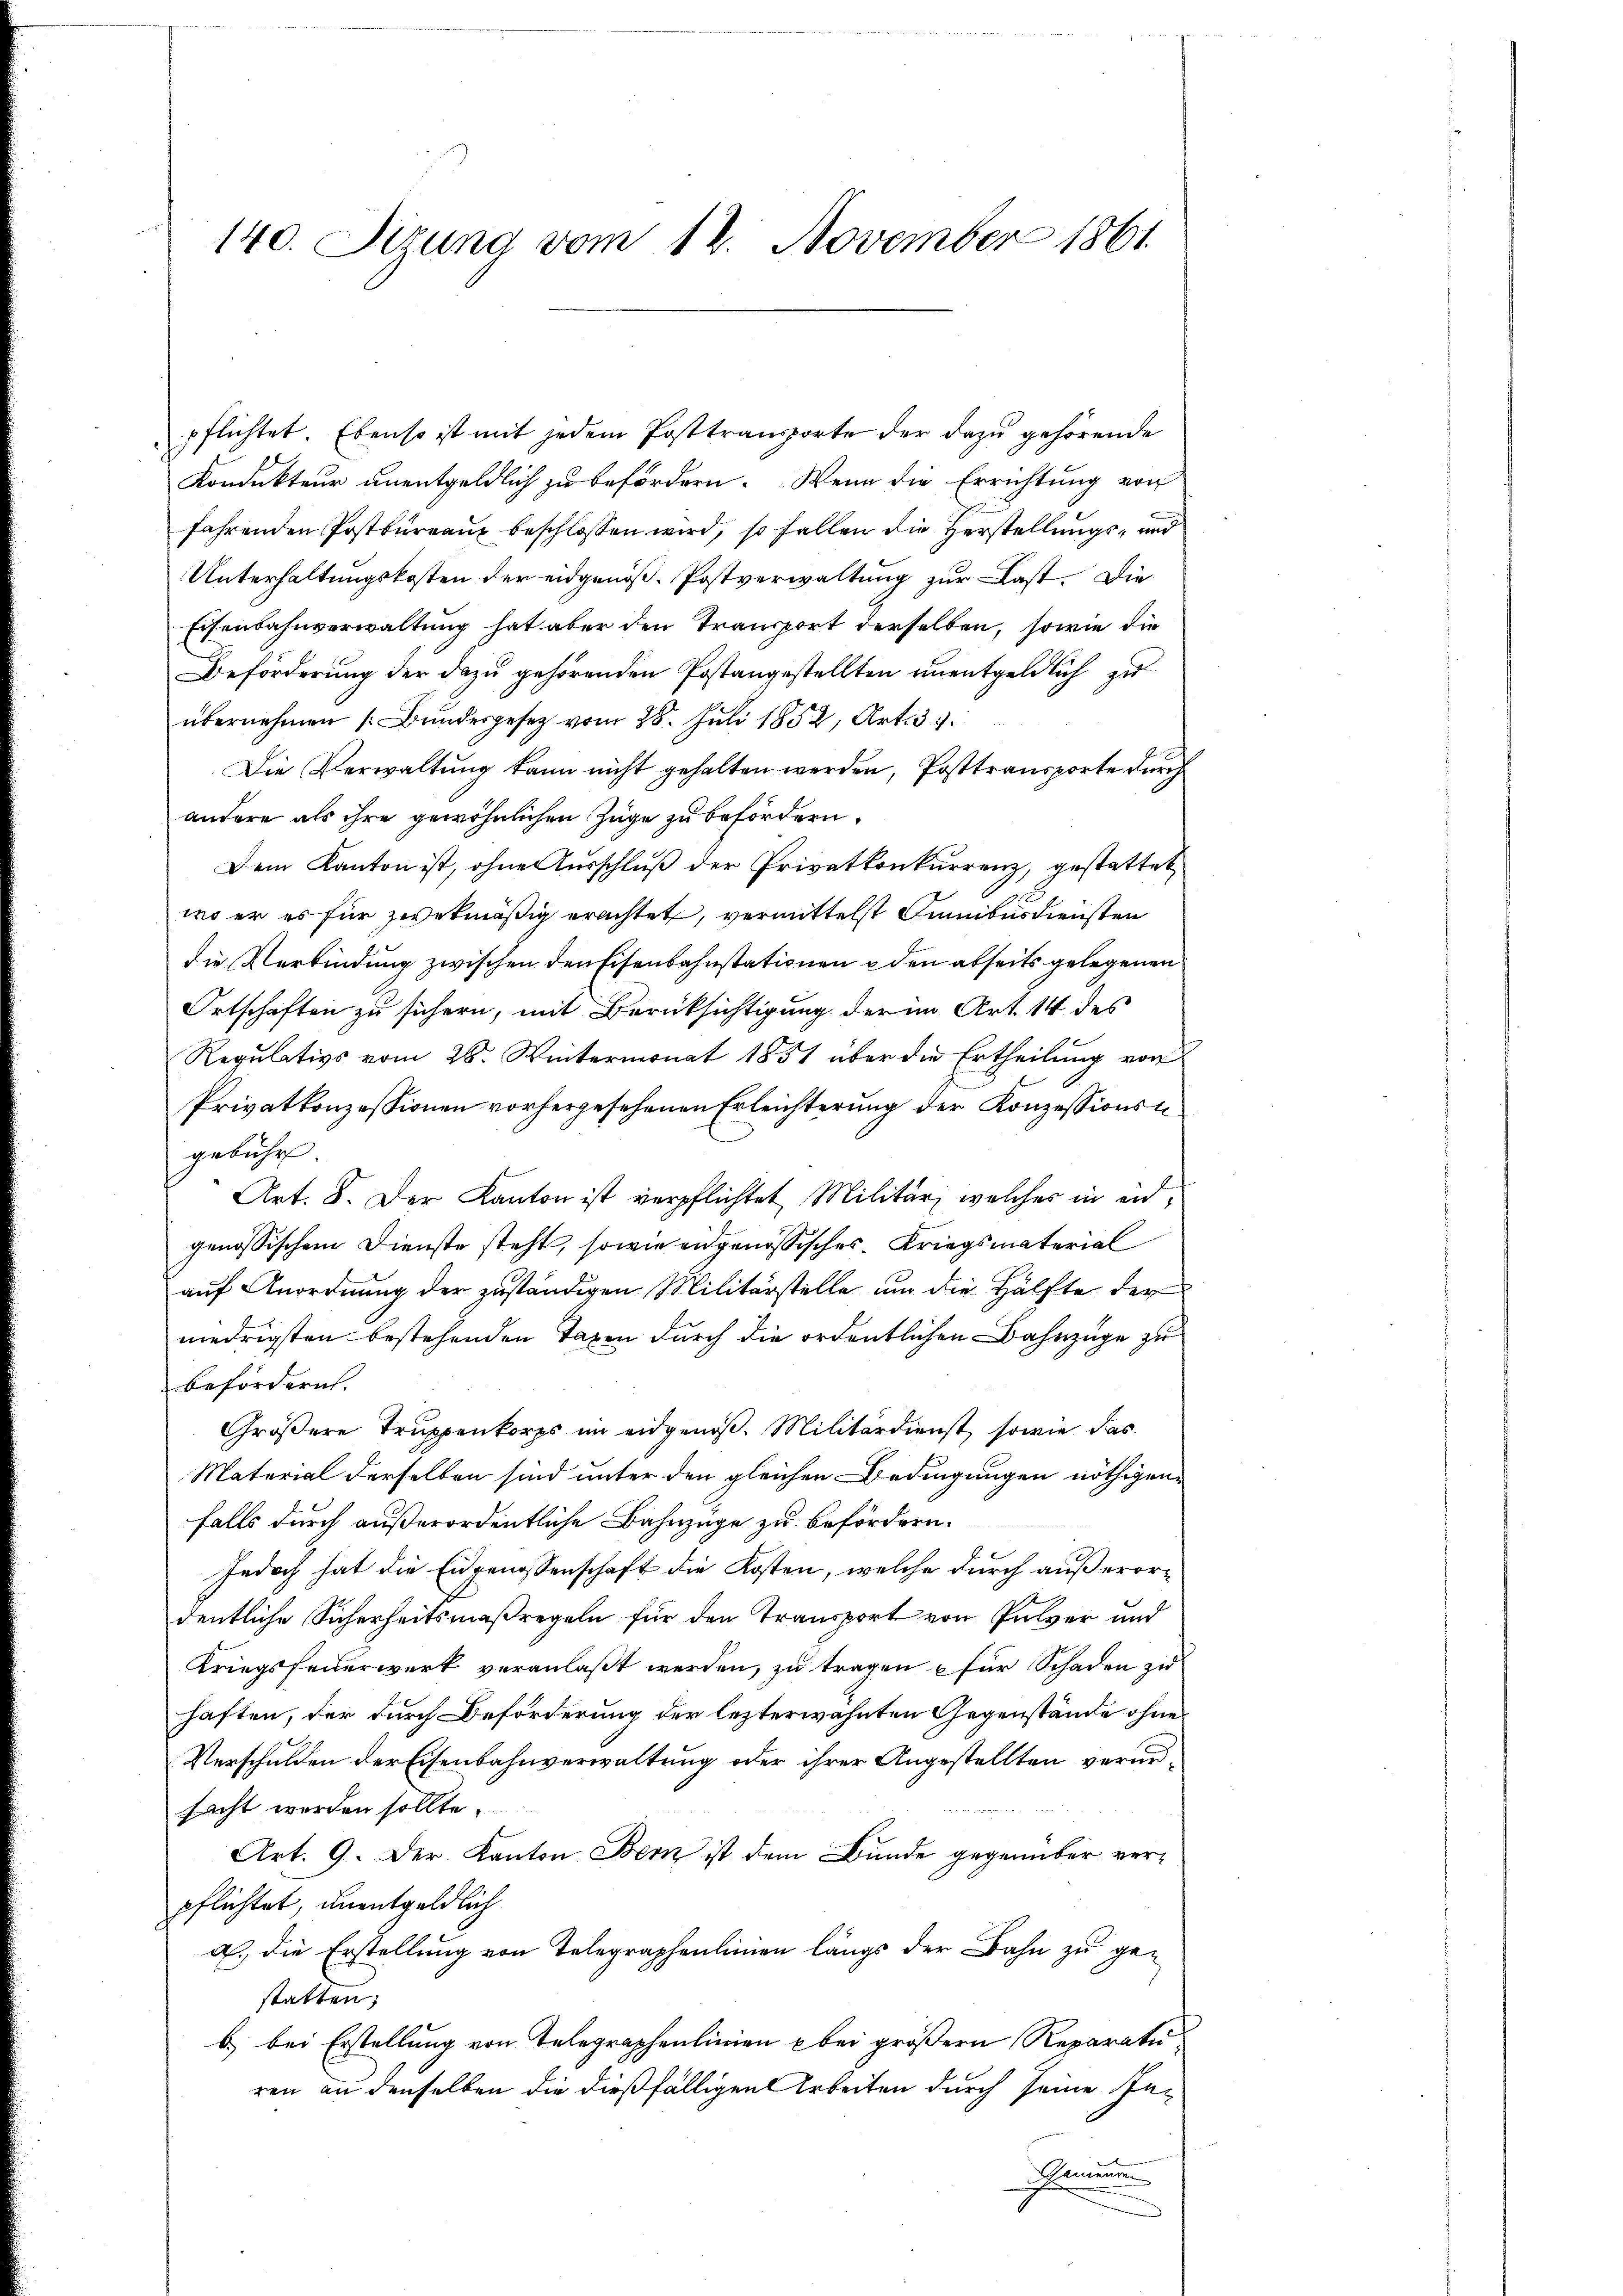
140. Sizung vom 12. November 1861

pflichtet. Ebenso ist mit jedem Posttransporte der dazu gehörende
Kondukteur unentgeldlich zu befördern. Wenn die Errichtung von
fahrenden Postbureaux beschlossen wird, so fallen die Verstellungs- und
Unterhaltungskosten der eidgenöß. Postverwaltung zur Last. Die
Eisenbahnverwaltung hat aber den Transport derselben, sowie die
Beförderung der dazu gehörenden Postangestellten unentgeldlich zu
übernehmen (Bundesgesetz vom 28. Juli 1852, Art. 31.
Die Verwaltung kann nicht gehalten werden, Posttransporte durch
andere als ihre gewöhnlichen Züge zu befördern.
Dem Kanton ist, ohne Ausschluß der Privatkonkurrenz, gestattet,
wo er es für zwekmäßig erachtet, vermittelst Simbusdiensten
die Verbindung zwischen den Eisenbahnstationen u den abseits gelegenen
Ortschaften zu sichern, mit Berüksichtigung der im Art. 14 des
Regulativs vom 26. Wintermonat 1851 über die Ertheilung von
Privatkonzessionen vorhergesehenen Erleichterung der Konzessionsgebühr.
Art. 8. Der Kanton ist verpflichtet Militär, welches in eidgenössischem Dienste steht, sowie eidgenössisches Kriegsmaterial
auf Anordnung der zuständigen Militärstelle um die Hälfte der
niedrigsten bestehenden Taxen durch die ordentlichen Bahnzüge zu
befördern.
Größere Truppenkorps im eidgenoß. Militärdienst, sowie das
Material derselben sind unter den gleichen Bedingungen nöthigen
falls durch außerordentliche Bahnzüge zu befördern.
Jedoch hat die Eidgenossenschaft die Kosten, welche durch außerordentliche Sicherheitsmaßregeln für den Transport von Pulver und
Kriegsfeuerwerk veranlaßt werden, zu tragen u für Schaden zu
haften, der durch Beförderung der lezterwähnten Gegenstände ohnes
Verschulden der Eisenbahnverwaltung oder ihrer Angestellten veransacht werden sollte.

Art. 9. Der Kanton Bern ist dem Bunde gegenüber verpflichtet, unentgeldlich
a.) die Erstellung von Telegraphenlinien längs der Bahn zu ge-
statten;
b) bei Erstellung von Telegraphenlinien & bei größern Reparaturen an denselben die dießfälligen Arbeiten durch seine In¬
Genien